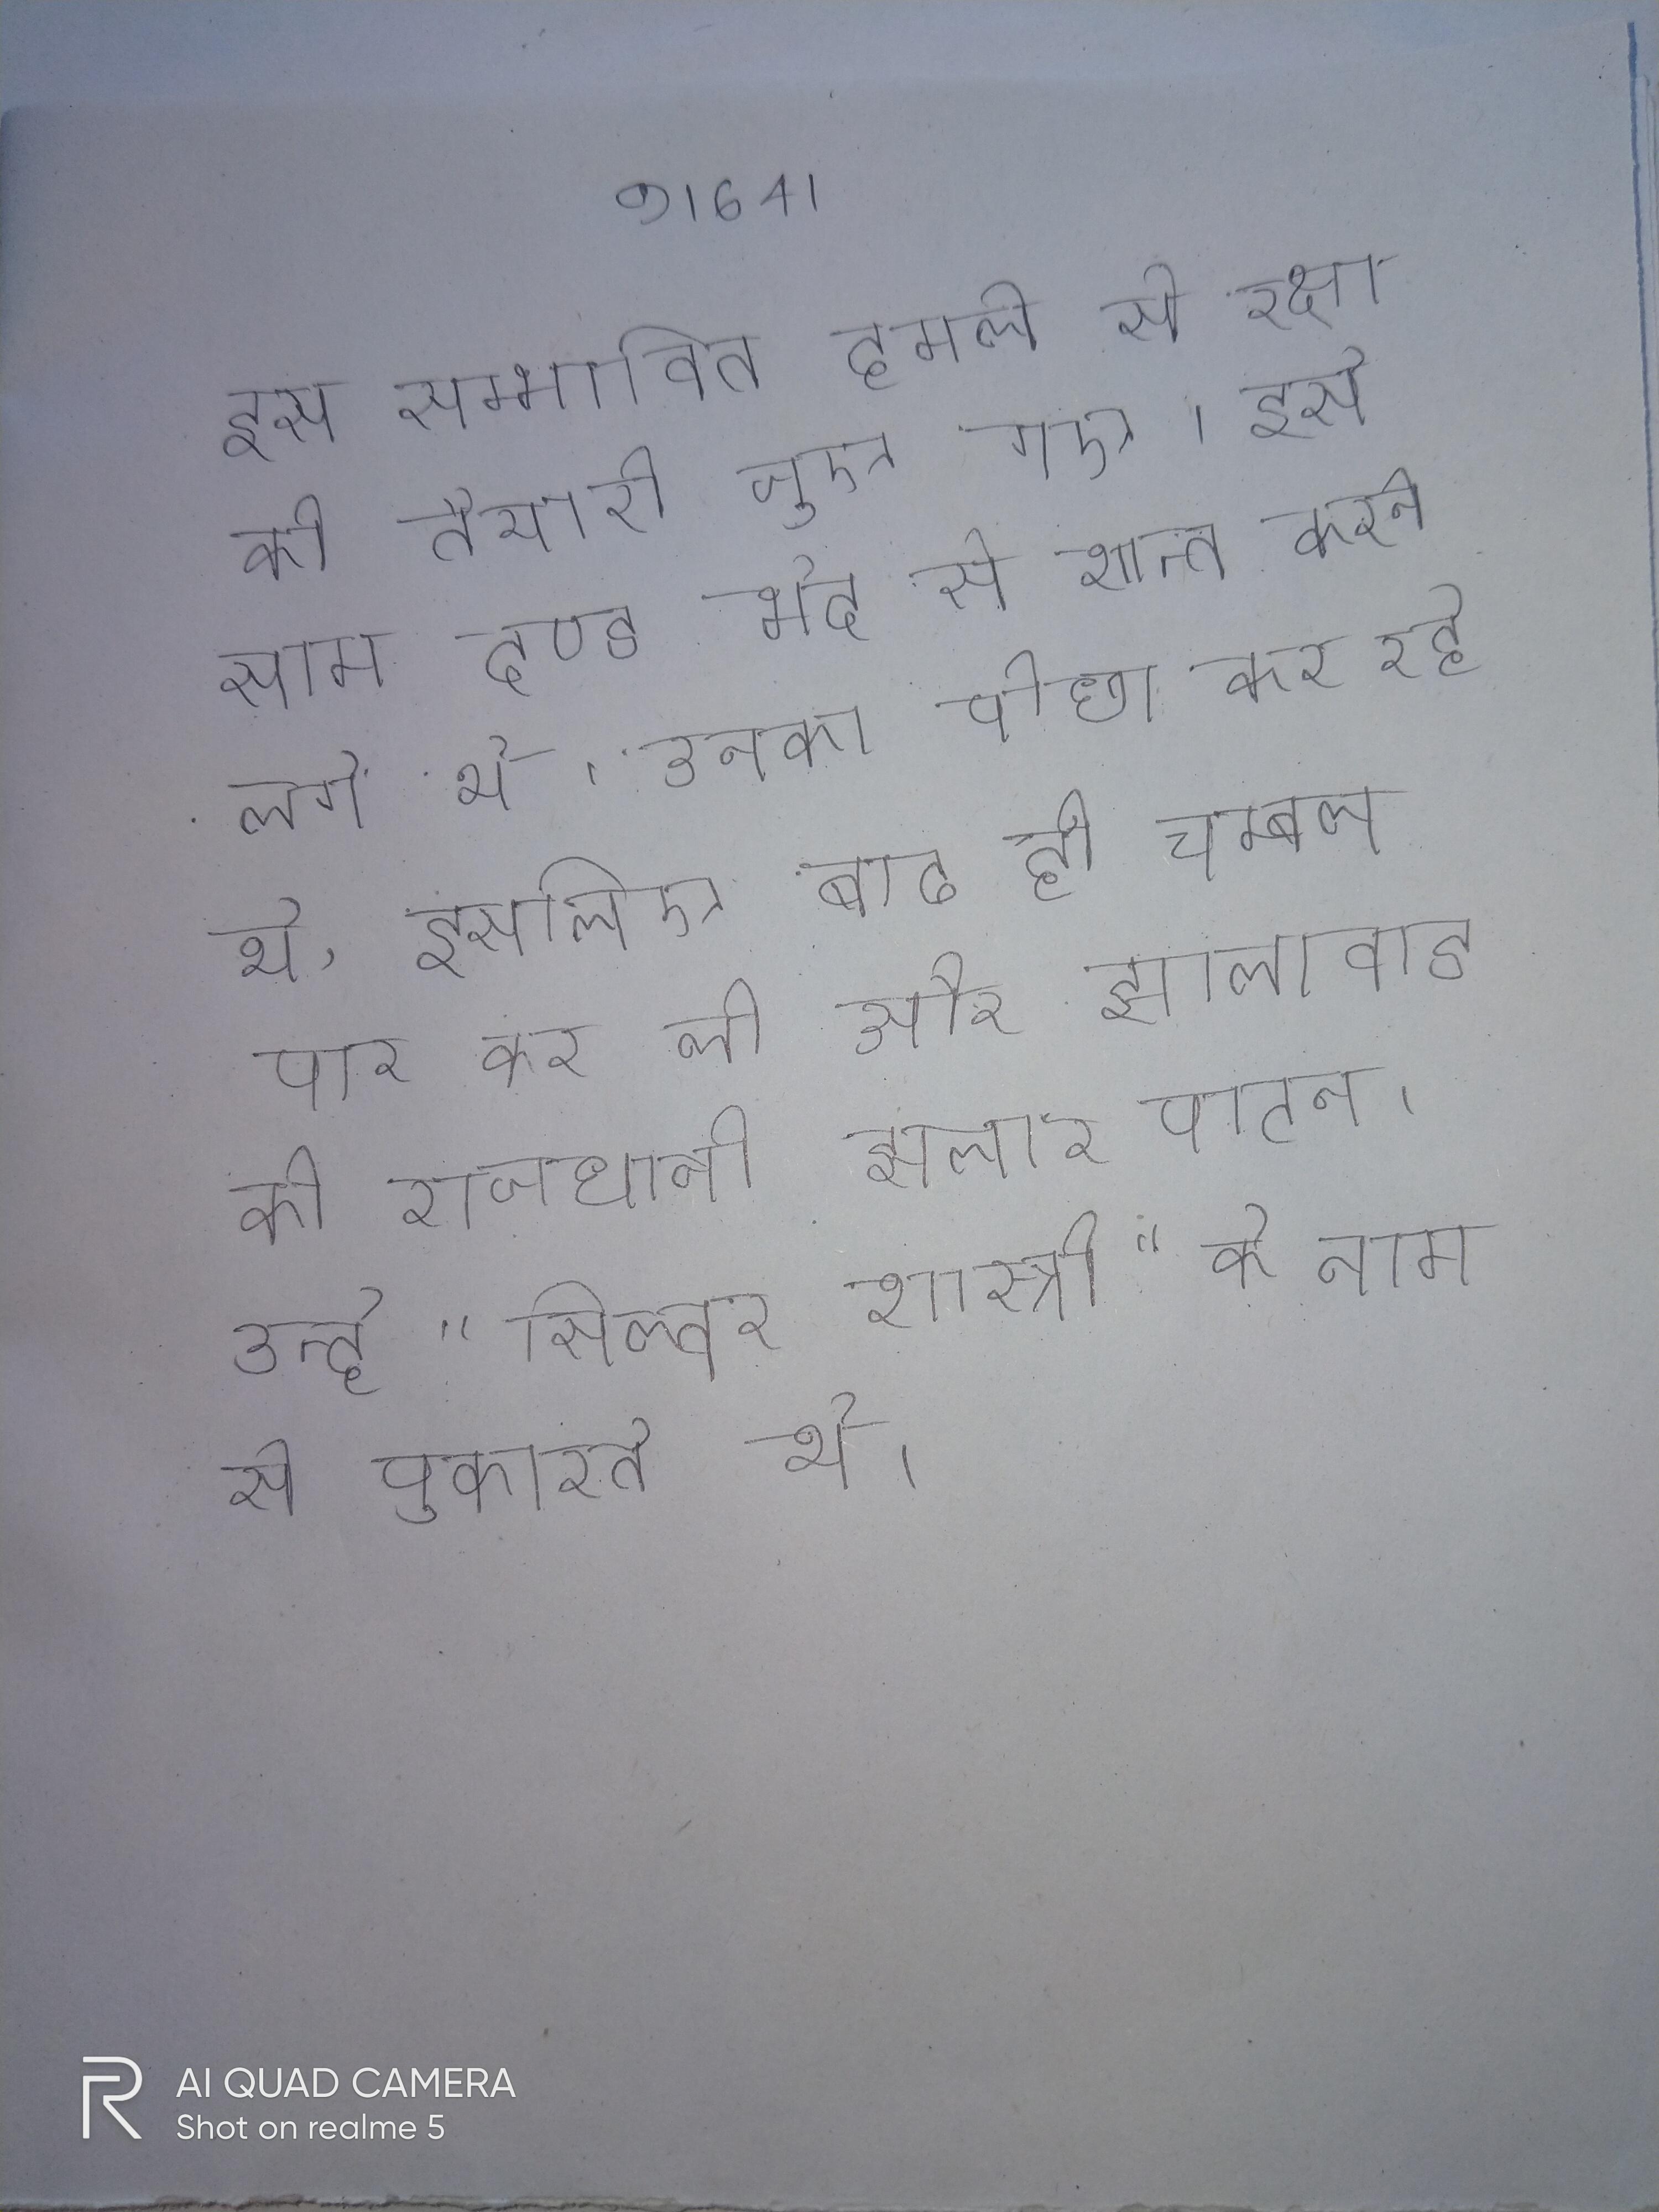
इस सम्भावित हमले से रक्षा की तैयारी जुए गए । इसे साम दण्ड भेद से शान्त करने लगे थे । उनका पीछा कर रहे थे, इसलिए बाढ ही चम्बल पार कर ली और झालावाड की राजधानी झलार पाटन । उन्हे "सिल्वर शास्त्री" के नाम से पुकारते थे ।